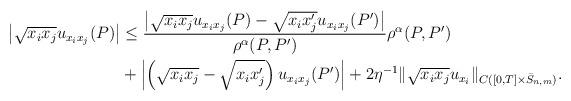
LaTeX: \begin{align*}\begin{aligned}\left|\sqrt{x_ix_j}u_{x_ix_j}(P)\right| &\leq \frac{\left|\sqrt{x_ix_j}u_{x_ix_j}(P) - \sqrt{x_ix'_j}u_{x_ix_j}(P')\right|}{\rho^{\alpha}(P,P')} \rho^{\alpha}(P,P')\\&+ \left|\left(\sqrt{x_ix_j}-\sqrt{x_ix'_j}\right) u_{x_ix_j}(P')\right| + 2 \eta^{-1}\|\sqrt{x_ix_j}u_{x_i}\|_{C([0,T]\times\bar S_{n,m})}.\end{aligned}\end{align*}